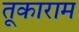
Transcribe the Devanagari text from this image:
तूकाराम